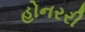
હોનરરી